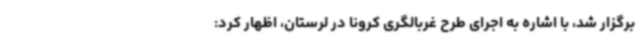
برگزار شد، با اشاره به اجرای طرح غربالگری کرونا در لرستان، اظهار کرد: